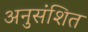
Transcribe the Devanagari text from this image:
अनुसंशित